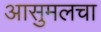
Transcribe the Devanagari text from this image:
आसुमलचा